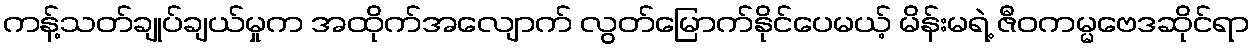
ကန့်သတ်ချုပ်ချယ်မှုက အထိုက်အလျောက် လွတ်မြောက်နိုင်ပေမယ့် မိန်းမရဲ့ ဇီဝကမ္မဗေဒဆိုင်ရာ